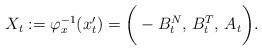
LaTeX: \begin{align*}X_t:=\varphi^{-1}_x(x_t')=\bigg(-B^N_t,\,B^T_t,\, A_t \bigg).\end{align*}